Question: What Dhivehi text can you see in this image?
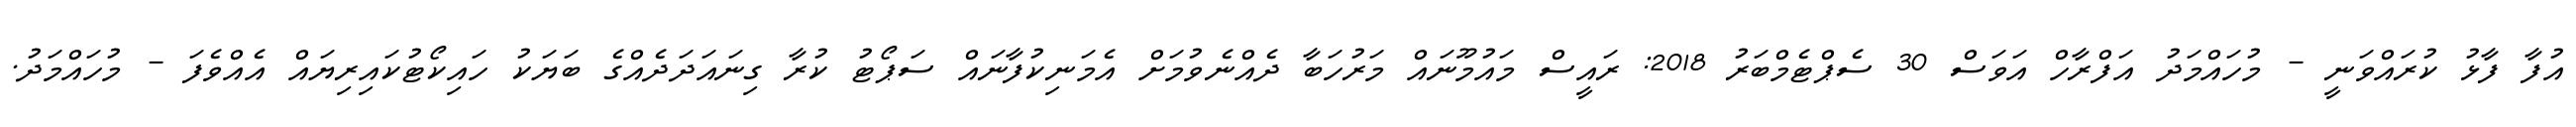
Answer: އުފާ ފާޅު ކުރައްވަނީ - މުހައްމަދު އަފްރާހް އަވަސް 30 ސެޕްޓެމްބަރު 2018: ރައީސް މައުމޫނައް މަރުހަބާ ދެއްނެވުމަށް އެމަނިކުފާނައް ސަޕޯޓު ކުރާ ގިނައަދަދެއްގެ ބަޔަކު ހައިކޯޓުކައިރިޔައް އެއްވެފަ - މުހައްމަދު.